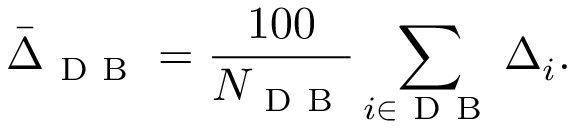
\bar { \Delta } _ { \mathrm { ~ D ~ B ~ } } = \frac { 1 0 0 } { N _ { \mathrm { ~ D ~ B ~ } } } \sum _ { i \in \mathrm { ~ D ~ B ~ } } \Delta _ { i } .